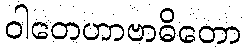
ဝါတေဟာဗာဓိတော